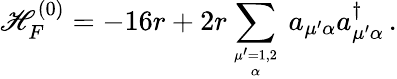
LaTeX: \mathscr{H}_{F}^{(0)}=-16r+2r\sum_{{\mu^{\prime}=1,2}\atop\alpha}\, a_{\mu^{\prime}\alpha}a_{\mu^{\prime}\alpha}^{\dagger}\, .